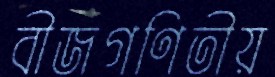
বীজগণিতীয়